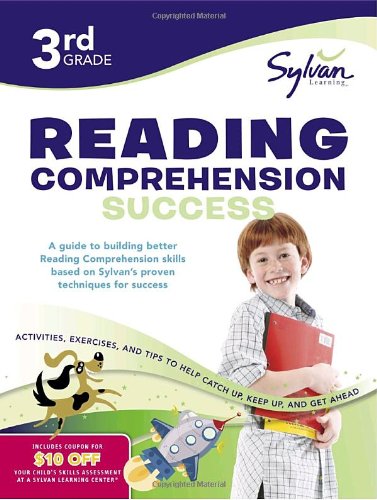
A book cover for Third Grade Reading Comprehension Success (Sylvan Workbooks) (Language Arts Workbooks); Sylvan Learning; Reference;